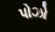
પોઝો